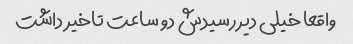
واقعا خیلی دیر رسیدش دو ساعت تاخیر داشت